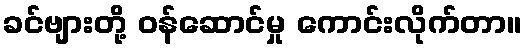
ခင်ဗျားတို့ ဝန်ဆောင်မှု ကောင်းလိုက်တာ။